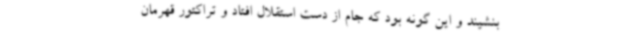
بنشیند و این گونه بود که جام از دست استقلال افتاد و تراکتور قهرمان